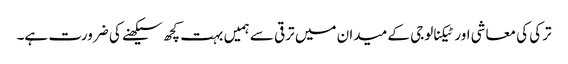
ترکی کی معاشی اور ٹیکنالوجی کے میدان میں ترقی سے ہمیں بہت کچھ سیکھنے کی ضرورت ہے۔